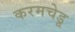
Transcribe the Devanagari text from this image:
करमचेडू